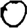
Digit: 0